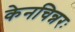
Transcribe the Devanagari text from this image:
केनचिन्नरः